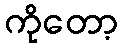
ကိုတော့